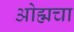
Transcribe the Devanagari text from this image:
ओह्मचा